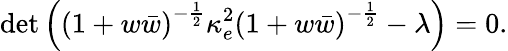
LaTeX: \operatorname*{det}\left(\left(1+w\bar{w}\right)^{-\frac{1}{2}}\kappa_{e}^{2}\left(1+w\bar{w}\right)^{-\frac{1}{2}}-\lambda\right)=0.